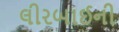
લીરબાઈની